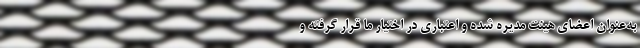
به‌عنوان اعضای هیئت مدیره شده و اعتباری در اختیار ما قرار گرفته و